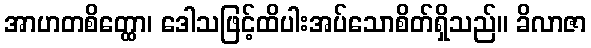
အာဟတစိတ္ထော၊ ဒေါသဖြင့်ထိပါးအပ်သောစိတ်ရှိသည်။ ခိလာဇာ